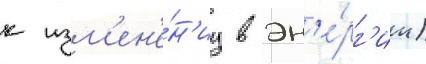
к изм'ен'е́н'иу в эн'е́рг'ии)